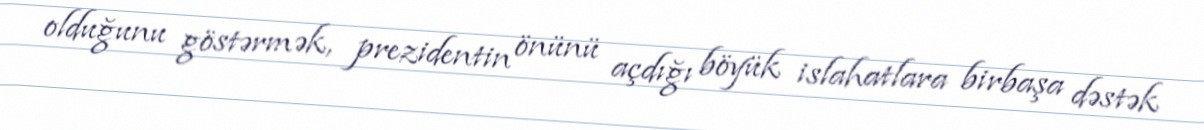
olduğunu göstərmək, prezidentin önünü açdığı böyük islahatlara birbaşa dəstək